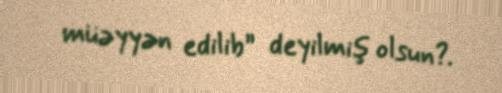
müəyyən edilib” deyilmiş olsun?.